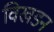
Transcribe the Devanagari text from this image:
विखडन